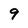
Character: 9